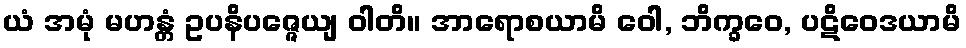
ယံ အမုံ မဟန္တံ ဥပနိပဇ္ဇေယျ ဝါတိ။ အာရောစယာမိ ဝေါ, ဘိက္ခဝေ, ပဋိဝေဒယာမိ